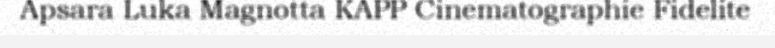
Apsara Luka Magnotta KAPP Cinematographie Fidelite